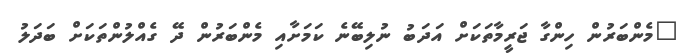
"މެންބަރުން ހިންގާ ޖަރީމާތަކަށް އަދަބު ނުލިބޭނެ ކަމަށާއި މެންބަރުން ދޭ ގެއްލުންތަކަށް ބަދަލު